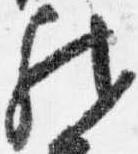
然